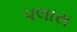
પલાસ